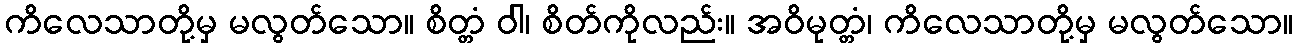
ကိလေသာတို့မှ မလွတ်သော။ စိတ္တံ ဝါ၊ စိတ်ကိုလည်း။ အဝိမုတ္တံ၊ ကိလေသာတို့မှ မလွတ်သော။